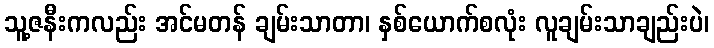
သူ့ဇနီးကလည်း အင်မတန် ချမ်းသာတာ၊ နှစ်ယောက်စလုံး လူချမ်းသာချည်းပဲ၊